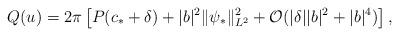
LaTeX: \begin{align*}Q(u) = 2 \pi \left[ P(c_* + \delta) + |b|^2 \| \psi_* \|^2_{L^2} + \mathcal{O}(|\delta| |b|^2 + |b|^4) \right],\end{align*}